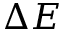
\Delta E